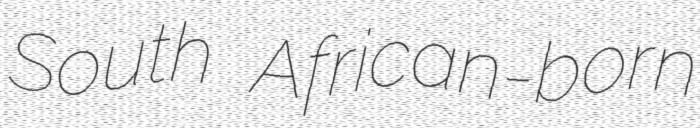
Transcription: South African-born